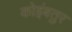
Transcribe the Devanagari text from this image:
कोइंबतुर